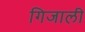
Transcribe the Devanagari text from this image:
गिजाली